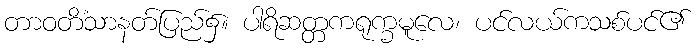
တာဝတိံသာနတ်ပြည်၌။ ပါရိဆတ္တကရုက္ခမူလေ၊ ပင်လယ်ကသစ်ပင်၏